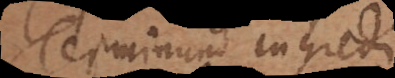
Terminum ingredi